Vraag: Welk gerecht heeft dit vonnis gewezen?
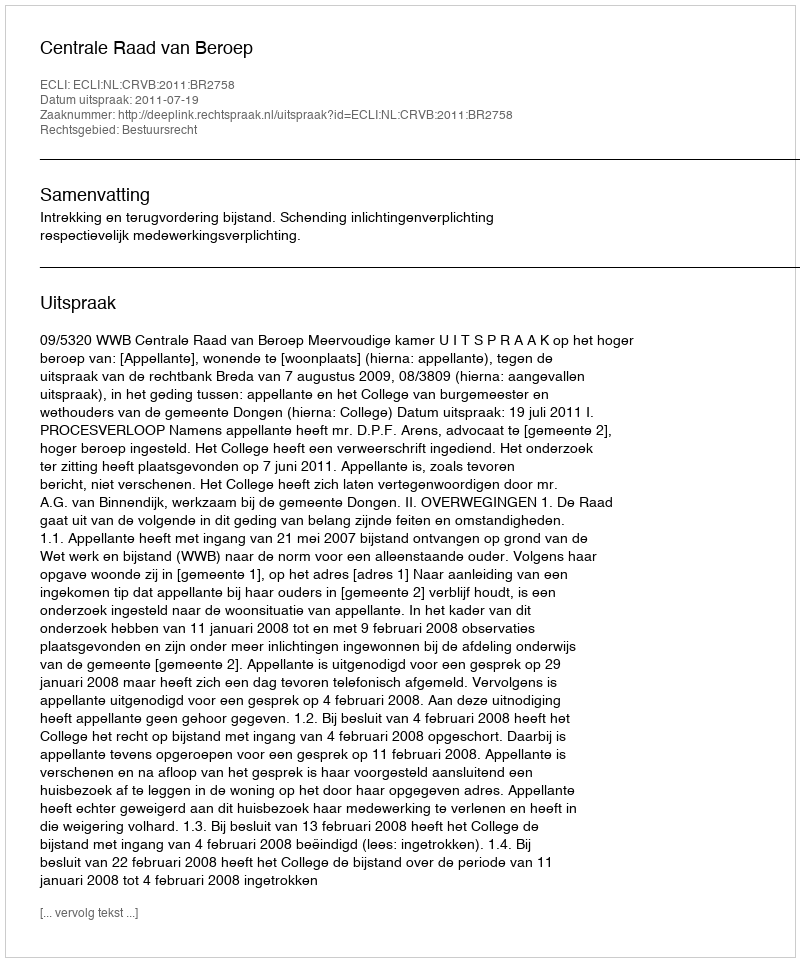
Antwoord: Centrale Raad van Beroep